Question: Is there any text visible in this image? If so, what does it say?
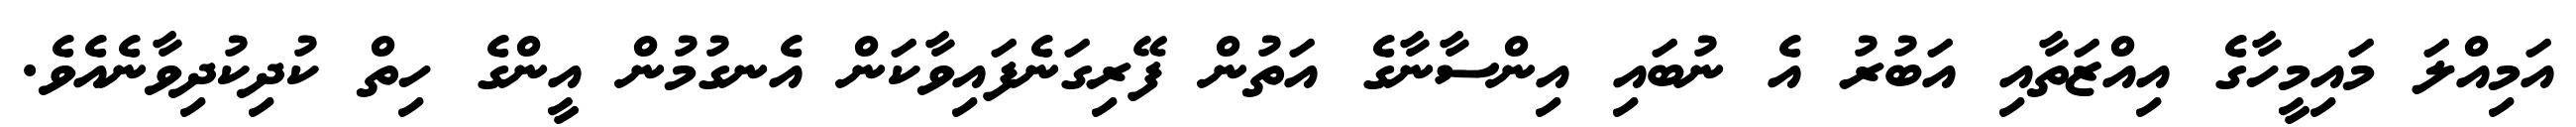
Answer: އަމިއްލަ މައިމީހާގެ އިއްޒަތާއި އަބުރު އެ ނުބައި އިންސާނާގެ އަތުން ފޭރިގަނެފައިވާކަން އެނގުމުން އީންގެ ހިތް ކުދިކުދިވާނެއެވެ.